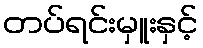
တပ်ရင်းမှူးနှင့်